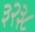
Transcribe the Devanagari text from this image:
३२३८